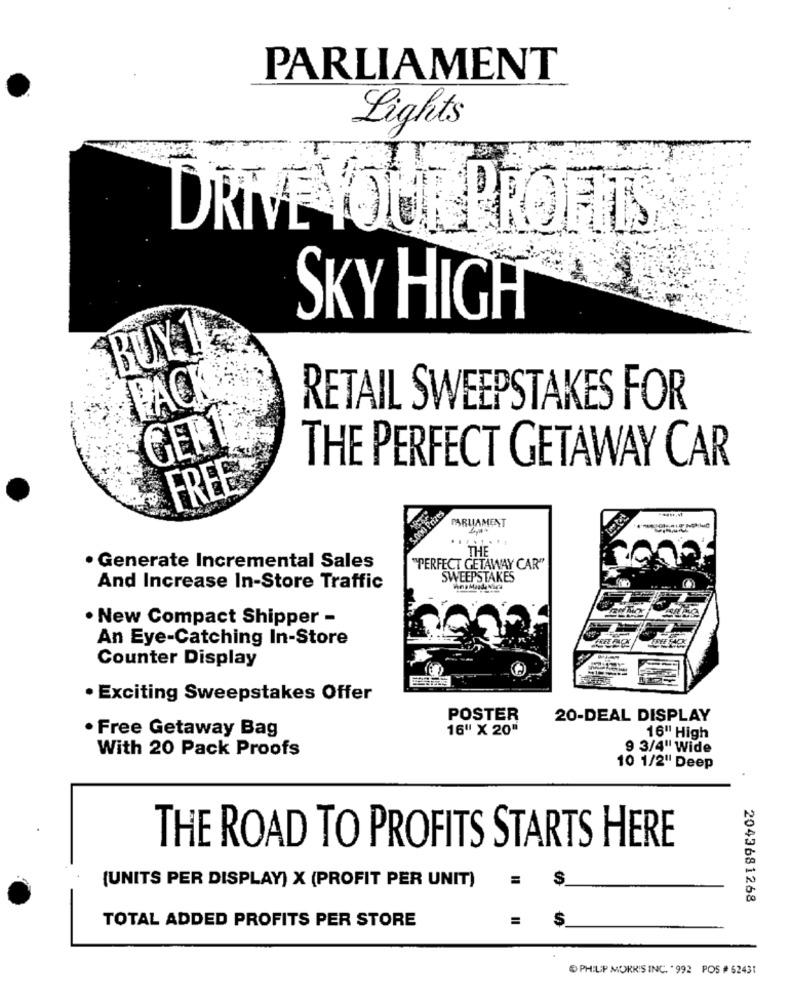
PARLIAMENT
Lights
DRIVE YOUR PROFITS
SKY HIGH
BUY 1
PACK
RETAIL SWEEPSTAKES FOR
GERIE
THE PERFECT GETAWAY CAR
FREE®
5.000 Prizes
PARLIAMENT
THE
· Generate Incremental Sales
"PERFECT GETAWAY CAR"
SWEEPSTAKES
And Increase In-Store Traffic
· New Compact Shipper -
An Eye-Catching In-Store
Counter Display
· Exciting Sweepstakes Offer
POSTER
20-DEAL DISPLAY
· Free Getaway Bag
16" X 20"
16" High
With 20 Pack Proofs
9 3/4" Wide
10 1/2" Deep
THE ROAD TO PROFITS STARTS HERE
(UNITS PER DISPLAY) X (PROFIT PER UNIT)
2043681268
TOTAL ADDED PROFITS PER STORE
$
PHILIP MORRIS INC. '992 POS # 62431